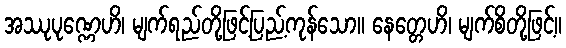
အဿုပုဏ္ဏေဟိ၊ မျက်ရည်တို့ဖြင့်ပြည့်ကုန်သော။ နေတ္တေဟိ၊ မျက်စိတို့ဖြင့်။